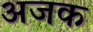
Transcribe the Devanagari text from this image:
अजक